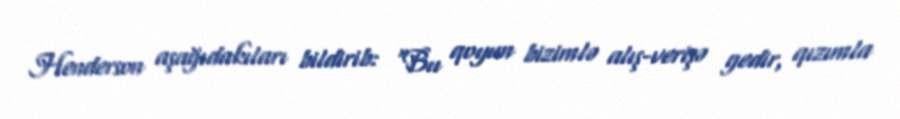
Henderson aşağıdakıları bildirib: "Bu qoyun bizimlə alış-verişə gedir, qızımla